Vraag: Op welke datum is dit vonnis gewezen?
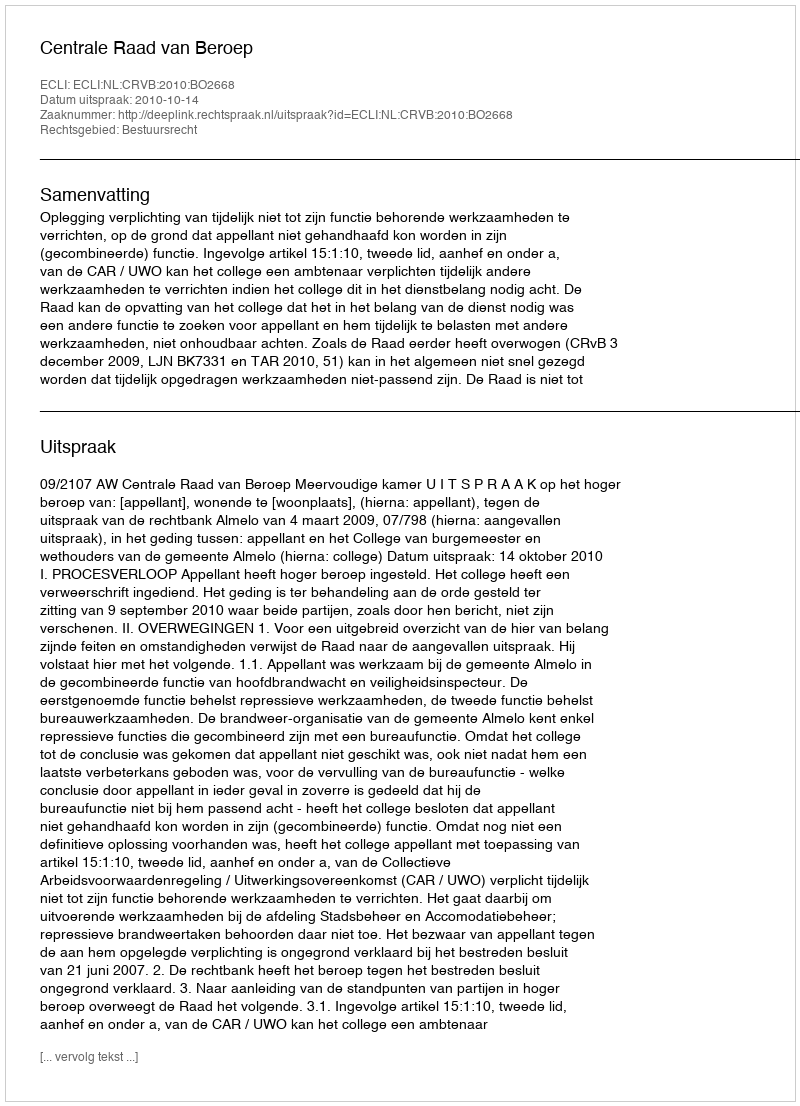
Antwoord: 2010-10-14